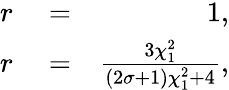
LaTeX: \begin{array}{rlr}{r}&{{}=}&{1,}\\ {r}&{{}=}&{\frac{3\chi_{1}^{2}}{(2\sigma+1)\chi_{1}^{2}+4},}\end{array}